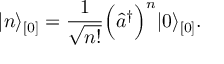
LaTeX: \vert n \rangle _ { [ 0 ] } = \frac { 1 } { \sqrt { n ! } } \Bigl ( \hat { a } ^ { \dagger } \Bigr ) ^ { n } \vert 0 \rangle _ { [ 0 ] } .